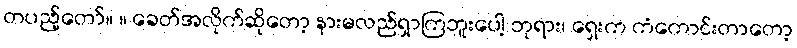
တပည့်တော်။ ။ ခေတ်အလိုက်ဆိုတော့ နားမလည်ရှာကြဘူးပေါ့ ဘုရား၊ ရှေးက ကံကောင်းတာတော့